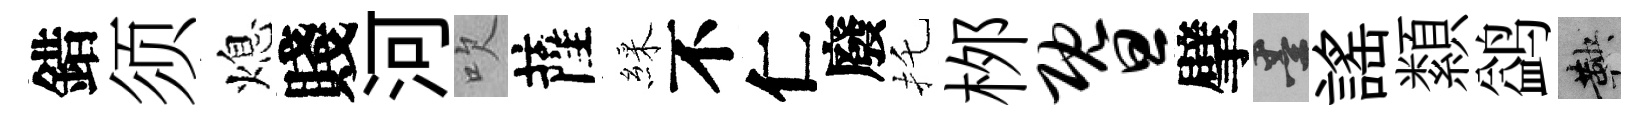
錯须熄賤河吹薩綵不仁廢托桞暨擘墨謡纇鹢鞅